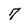
Character: 7